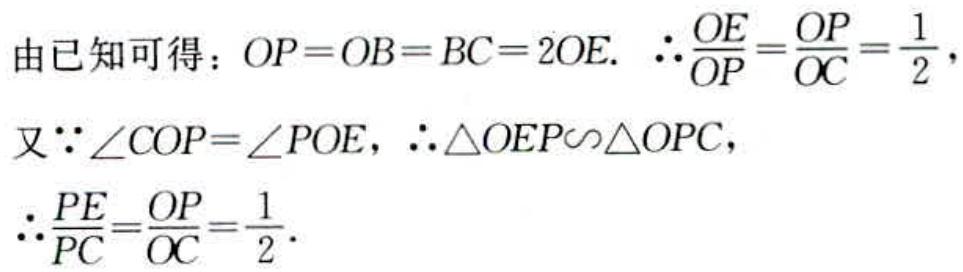
由已知可得：\(OP = OB = BC = 2OE.\) \(\therefore\frac{OE}{OP}=\frac{OP}{OC}=\frac{1}{2},\)
又\(\because\angle COP = \angle POE,\) \(\therefore\triangle OEP\sim\triangle OPC,\)
\(\therefore\frac{PE}{PC}=\frac{OP}{OC}=\frac{1}{2}.\)